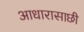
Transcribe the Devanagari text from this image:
आधारासाछी